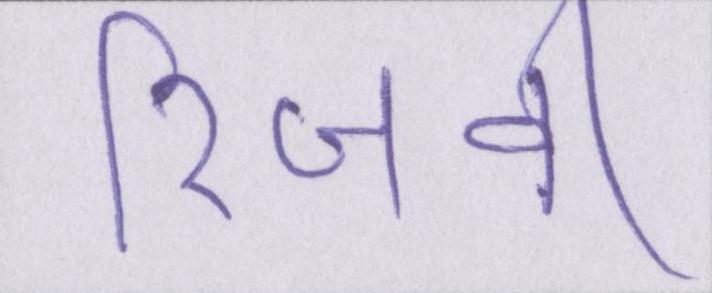
रिजवी